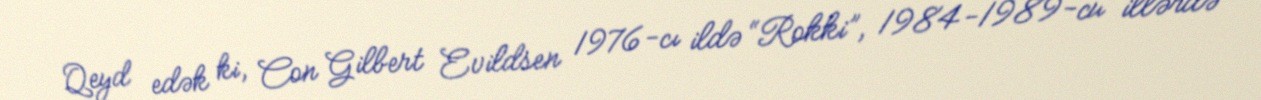
Qeyd edək ki, Con Gilbert Evildsen 1976-cı ildə “Rokki”, 1984-1989-cu illərdə